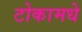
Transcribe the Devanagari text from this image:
टोकामधे